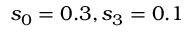
s _ { 0 } = 0 . 3 , s _ { 3 } = 0 . 1